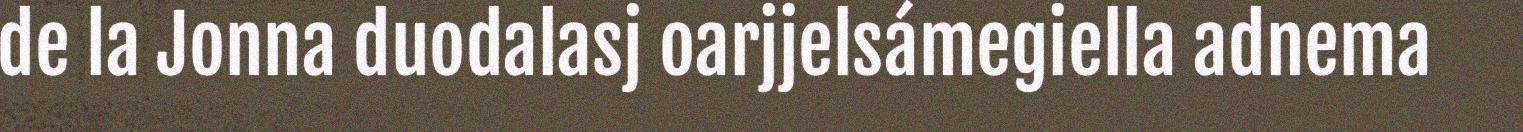
de la Jonna duodalasj oarjjelsámegiella adnema